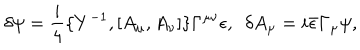
LaTeX: \delta \psi = \frac { i } { 4 } \{ Y ^ { - 1 } , [ A _ { \mu } , A _ { \nu } ] \} \Gamma ^ { \mu \nu } \epsilon , ~ ~ \delta A _ { \mu } = i \bar { \epsilon } \Gamma _ { \mu } \psi ,